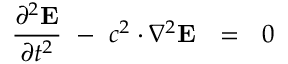
{ \frac { \partial ^ { 2 } \mathbf { E } } { \partial t ^ { 2 } } } \ - \ c ^ { 2 } \cdot \nabla ^ { 2 } \mathbf { E } \ \ = \ \ 0